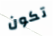
تكون